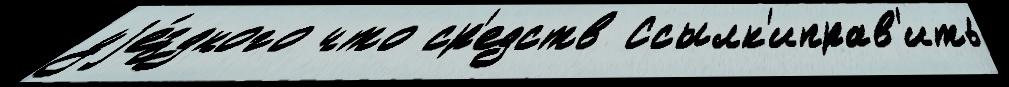
уjе́здного что ср'едств Ссылк'иправ'ить